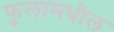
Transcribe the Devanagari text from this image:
फुलामधील